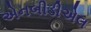
એનબીડીએલ